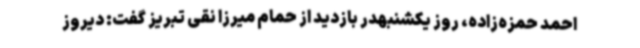
احمد حمزه‌زاده، روز یکشنبهدر بازدید از حمام میرزا نقی تبریز گفت: دیروز